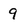
Character: 9